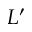
L ^ { \prime }